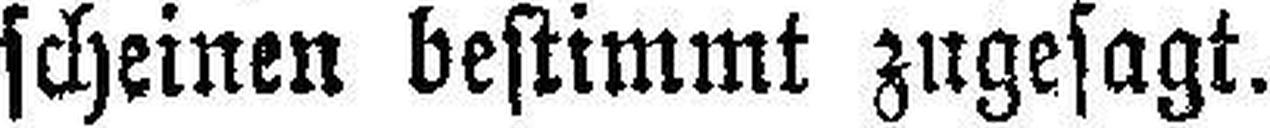
scheinen bestimmt zugesagt.